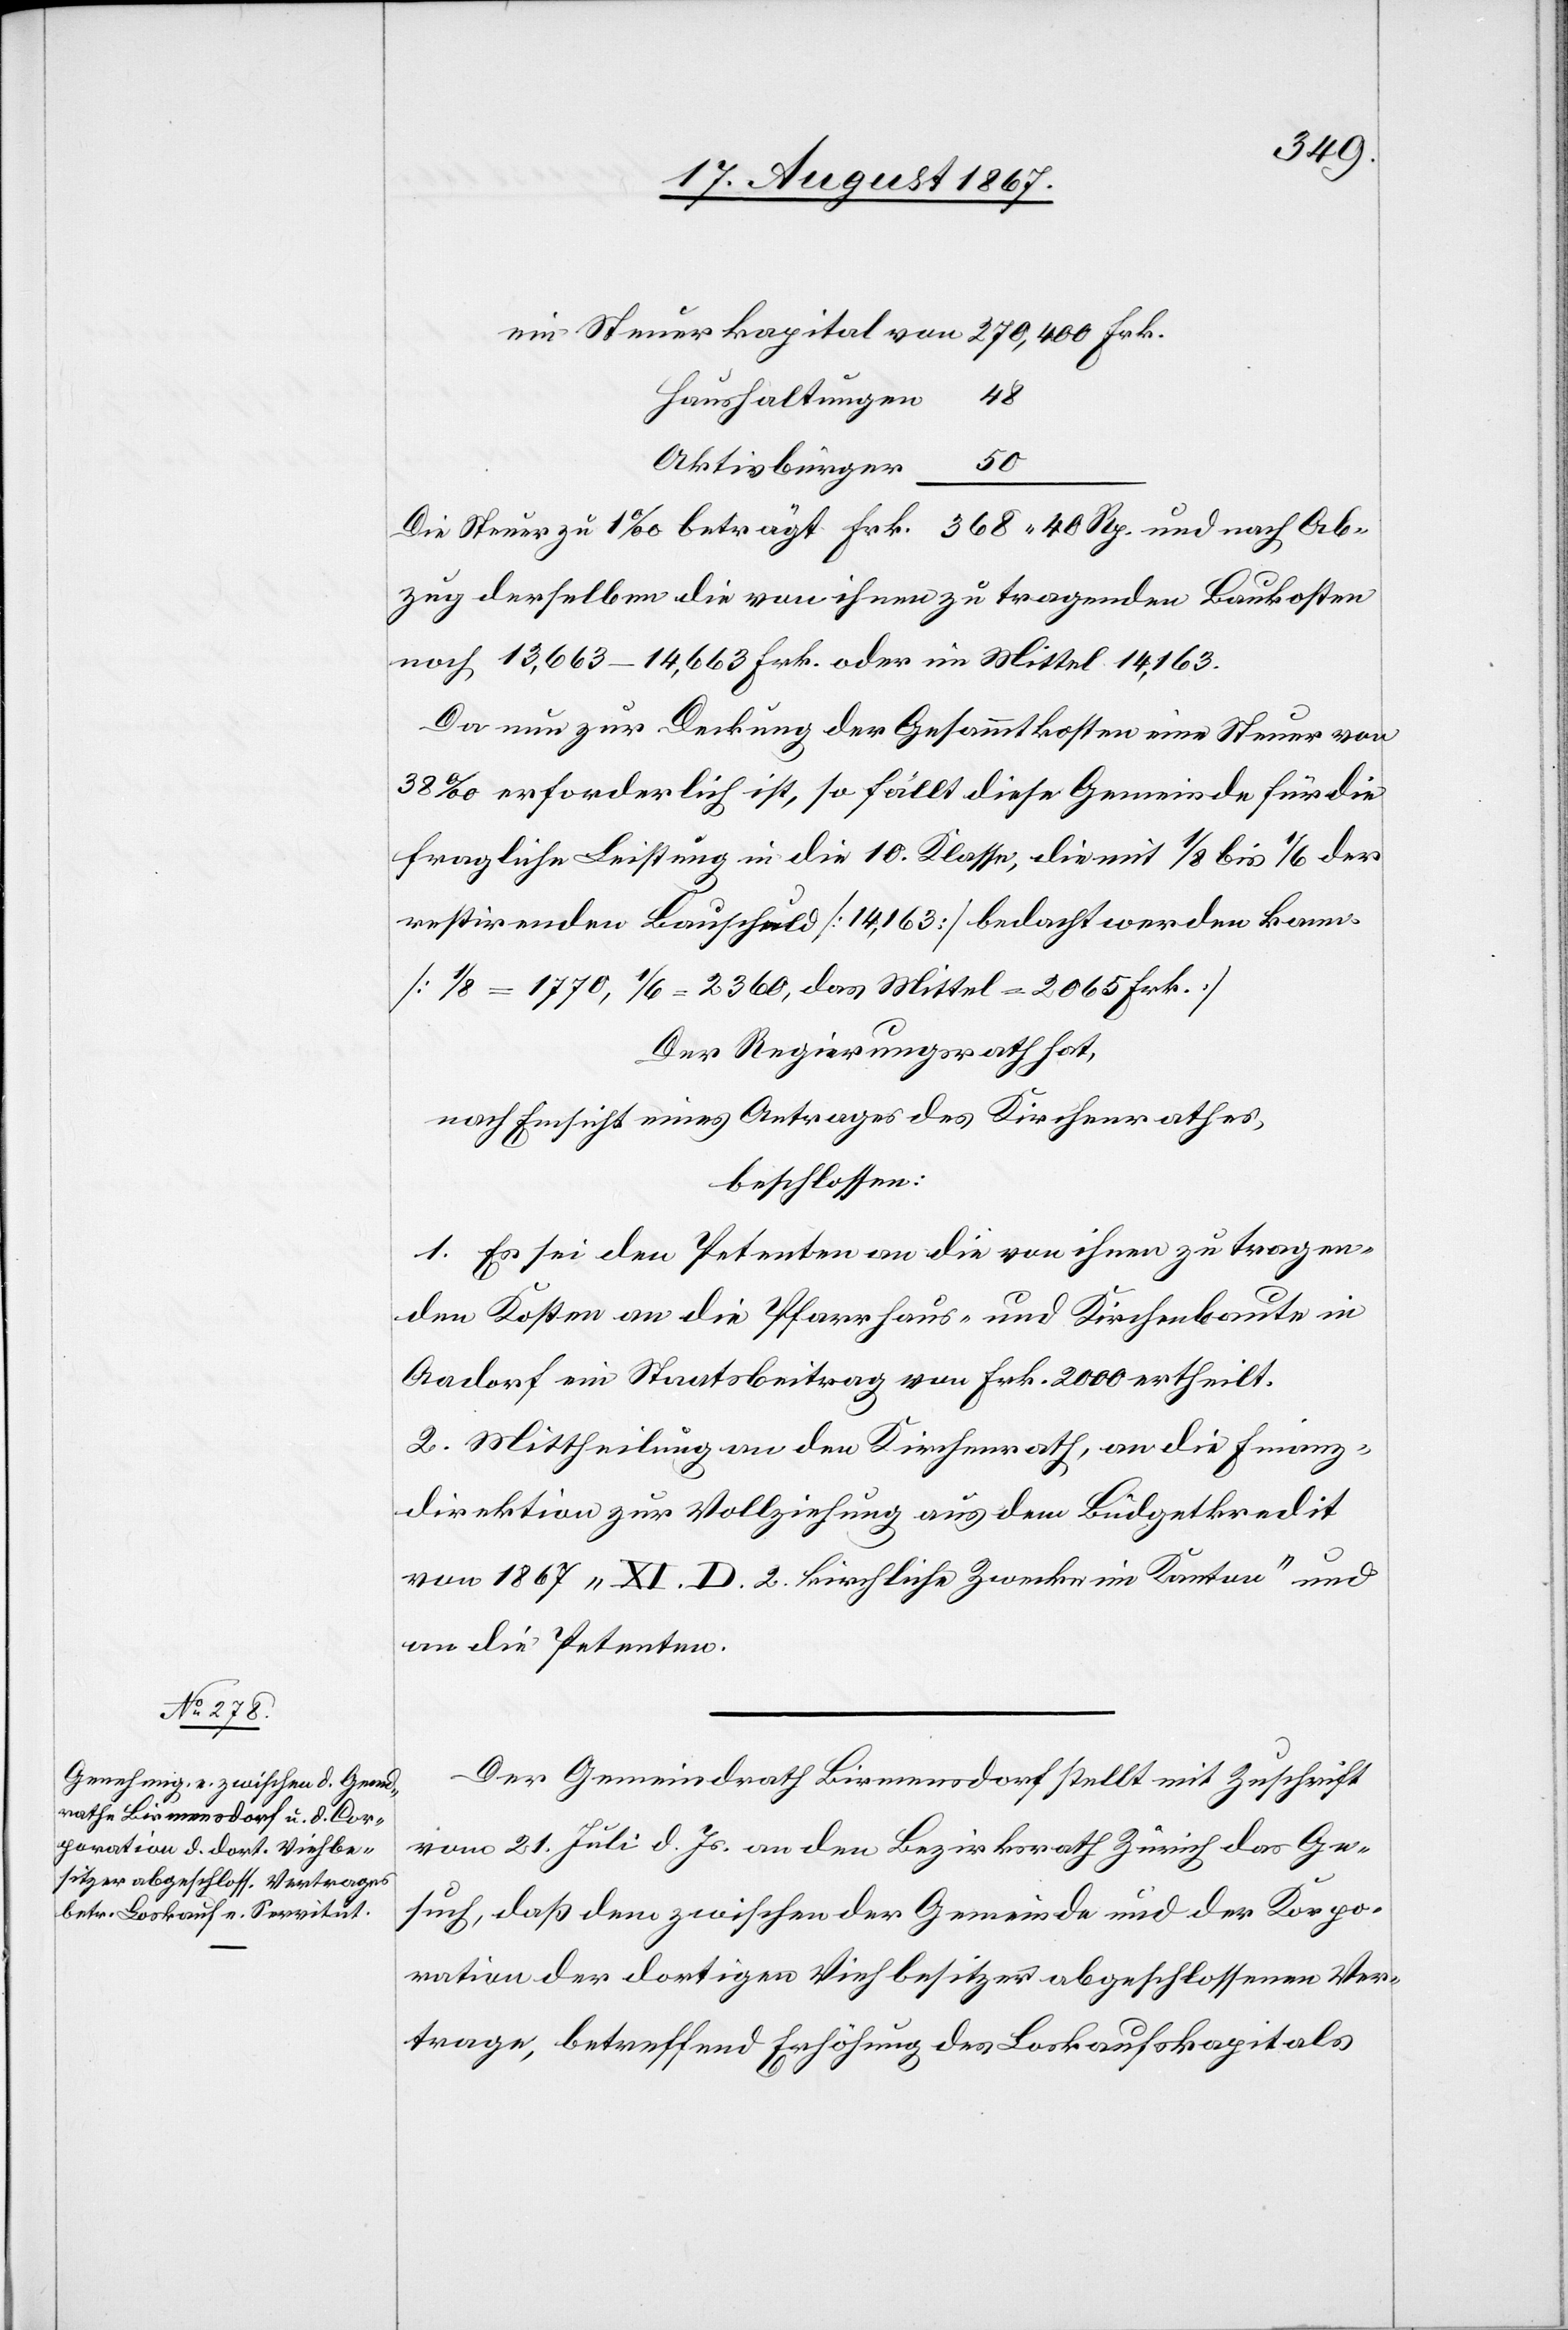
ein Steuerkapital von	270 400 Frk.
Haushaltungen	48
Aktivbürger		50
Die Steuer zu 1‰ beträgt	Frk. 568.40 Rp. und nach Ab¬
zug derselben die von ihnen zu tragenden Baukosten
noch 13 663–14 663 Frk. oder im Mittel 14 163.
Da nun zur Deckung der Gesammtkosten eine Steuer von
38 ‰ erforderlich ist, so fällt diese Gemeinde für die
fragliche Leistung in die 10. Klasse, die mit 1/8 bis 1/6 der
restirenden Bauschuld [14 163] bedacht werden kann.
[1/8 = 1770, 1/6 = 2360, das Mittel = 2065 Frk.]
Der Regierungsrath hat,
nach Einsicht eines Antrages des Kirchenrathes,
beschlossen:
1. Es sei den Petenten an die von ihnen zu tragen¬
den Kosten an die Pfarrhaus- und Kirchenbaute in
Aadorf ein Staatsbeitrag von Frk. 2000 ertheilt.
2. Mittheilung an den Kirchenrath, an die Finanz¬
direktion zur Vollziehung aus dem Büdgetkredit
von 1867 „XI. D. 2. kirchliche Zwecke im Kanton“ und
an die Petenten.
Der Gemeindrath Birmensdorf stellt mit Zuschrift
vom 21. Juli d. Js. an den Bezirksrath Zürich das Ge¬
such, daß dem zwischen der Gemeinde und der Korpo¬
ration der dortigen Viehbesitzer abgeschlossenen Ver¬
trage, betreffend Erhöhung des Loskaufkapitals